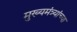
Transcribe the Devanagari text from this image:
मुख्यमंत्र्यांच्‍या